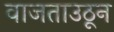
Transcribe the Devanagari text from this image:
वाजताउठून